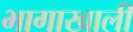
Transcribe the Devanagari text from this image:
भागाखाली